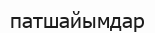
патшайымдар